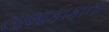
લાલાકાકાના